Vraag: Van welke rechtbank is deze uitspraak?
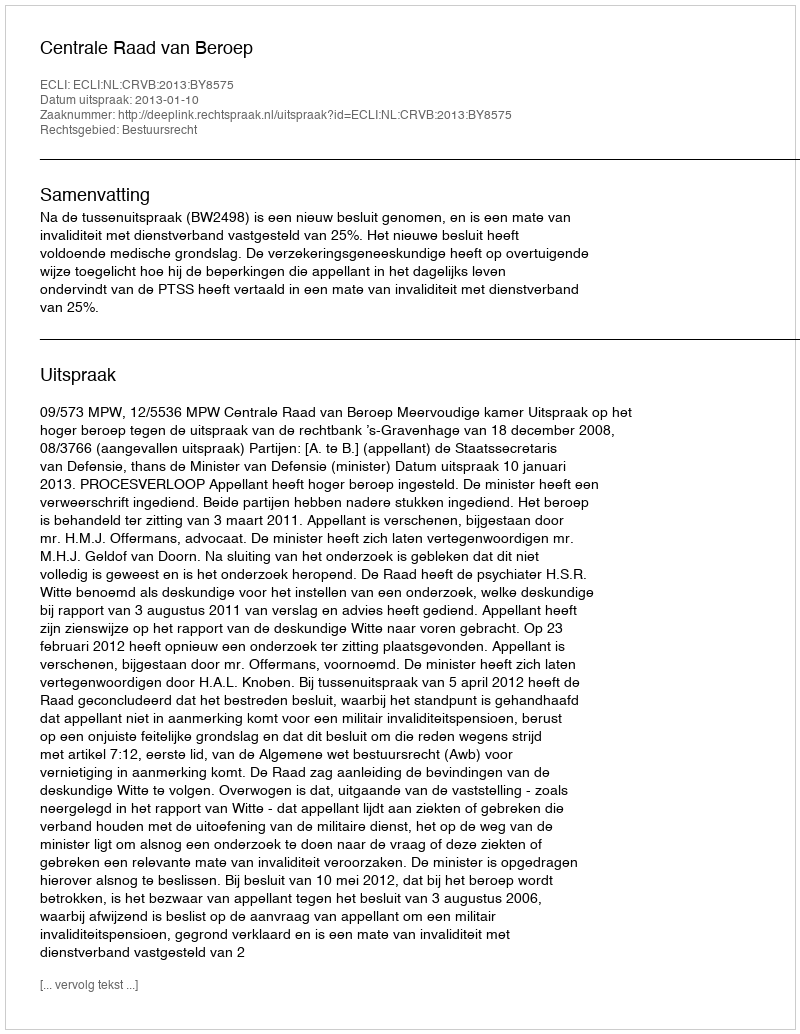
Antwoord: Centrale Raad van Beroep